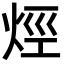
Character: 烴